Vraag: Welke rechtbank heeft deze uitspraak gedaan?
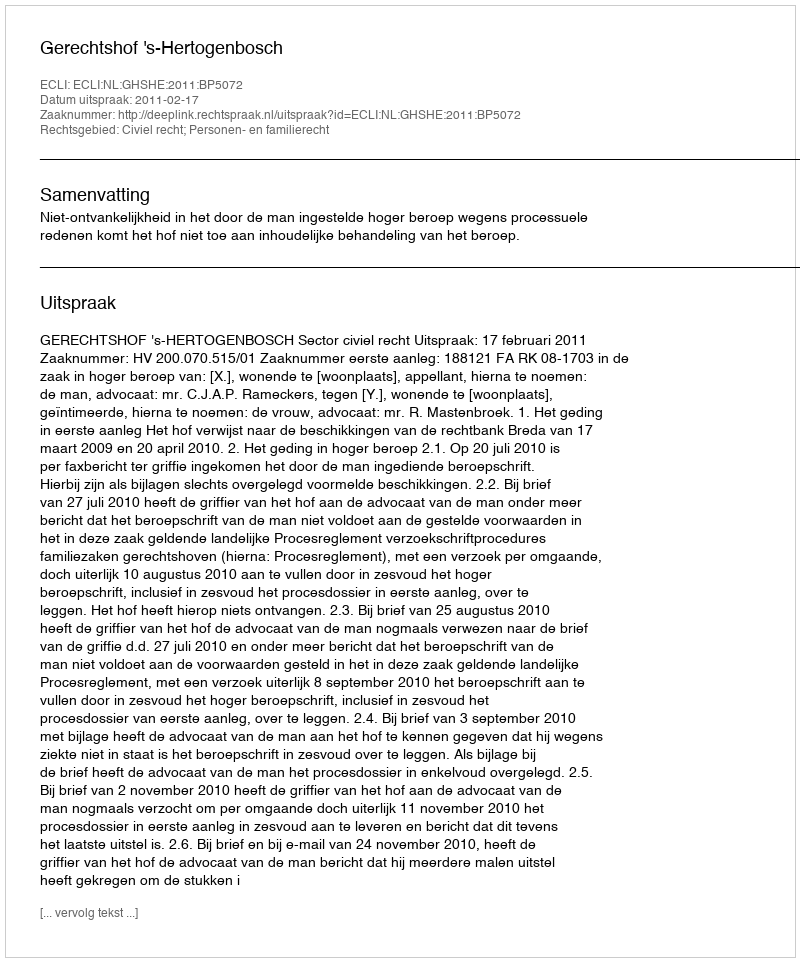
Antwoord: Gerechtshof 's-Hertogenbosch